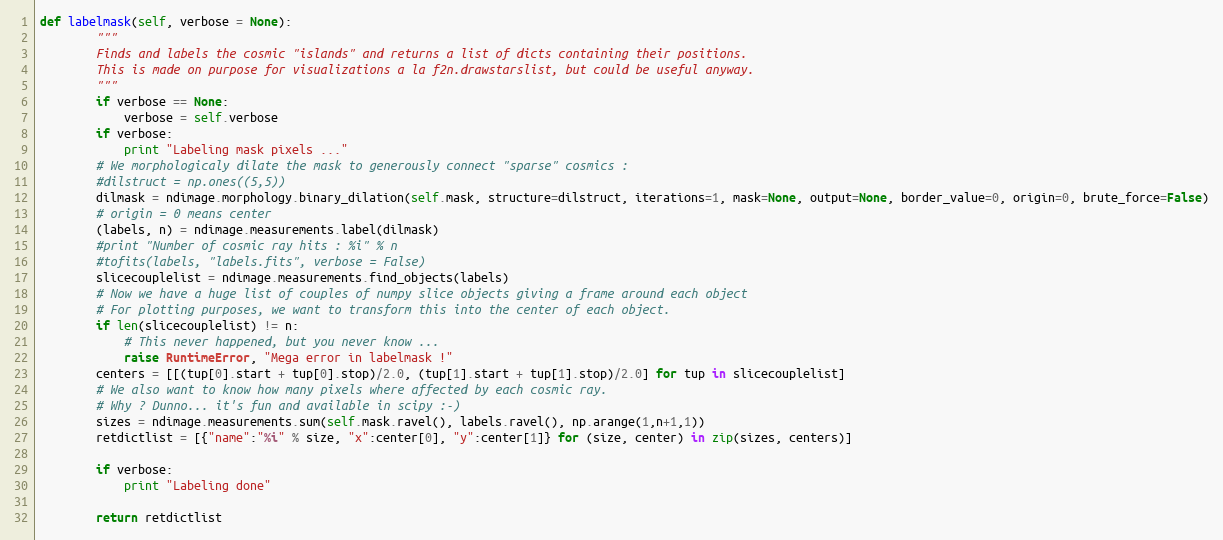
Language: Python
def labelmask(self, verbose = None):
        """
        Finds and labels the cosmic "islands" and returns a list of dicts containing their positions.
        This is made on purpose for visualizations a la f2n.drawstarslist, but could be useful anyway.
        """
        if verbose == None:
            verbose = self.verbose
        if verbose:
            print "Labeling mask pixels ..."
        # We morphologicaly dilate the mask to generously connect "sparse" cosmics :
        #dilstruct = np.ones((5,5))
        dilmask = ndimage.morphology.binary_dilation(self.mask, structure=dilstruct, iterations=1, mask=None, output=None, border_value=0, origin=0, brute_force=False)
        # origin = 0 means center
        (labels, n) = ndimage.measurements.label(dilmask)
        #print "Number of cosmic ray hits : %i" % n
        #tofits(labels, "labels.fits", verbose = False)
        slicecouplelist = ndimage.measurements.find_objects(labels)
        # Now we have a huge list of couples of numpy slice objects giving a frame around each object
        # For plotting purposes, we want to transform this into the center of each object.
        if len(slicecouplelist) != n:
            # This never happened, but you never know ...
            raise RuntimeError, "Mega error in labelmask !"
        centers = [[(tup[0].start + tup[0].stop)/2.0, (tup[1].start + tup[1].stop)/2.0] for tup in slicecouplelist]
        # We also want to know how many pixels where affected by each cosmic ray.
        # Why ? Dunno... it's fun and available in scipy :-)
        sizes = ndimage.measurements.sum(self.mask.ravel(), labels.ravel(), np.arange(1,n+1,1))
        retdictlist = [{"name":"%i" % size, "x":center[0], "y":center[1]} for (size, center) in zip(sizes, centers)]

        if verbose:
            print "Labeling done"

        return retdictlist